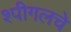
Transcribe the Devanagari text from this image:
श्पीगलचे